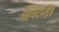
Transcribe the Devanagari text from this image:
गोविंदस्तोत्र